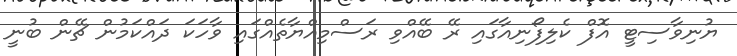
ޔުނިވާސިޓީ އޮފް ކެލިފޯނިއާގައި ރޭ ބޭއްވި ރަސްމިއްޔާތެއްގައި ވާހަކަ ދައްކަމުން ޗޭން ބުނީ